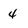
Character: 4